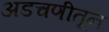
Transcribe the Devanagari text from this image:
अडचणीतून